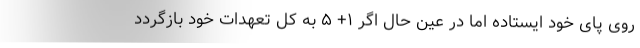
روی پای خود ایستاده اما در عین حال اگر ۱+ ۵ به کل تعهدات خود بازگردد